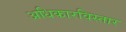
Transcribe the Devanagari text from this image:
अधिकारविस्तार